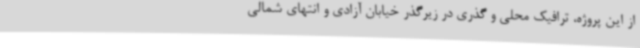
از این پروژه، ترافیک محلی و گذری در زیرگذر خیابان آزادی و انتهای شمالی